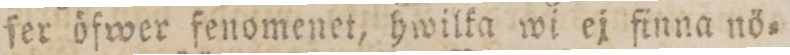
fer öfwer fenomenet, hwilka wi ej finna nö=